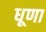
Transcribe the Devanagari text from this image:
धूणा